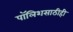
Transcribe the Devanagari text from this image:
पॉलिशसाठीही